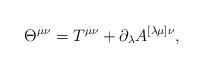
\begin{align*}\Theta^{\mu\nu}=T^{\mu\nu}+\partial_\lambda A^{[\lambda\mu]\nu},\end{align*}